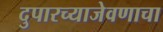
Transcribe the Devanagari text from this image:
दुपारच्याजेवणाचा